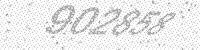
Solution: 902858